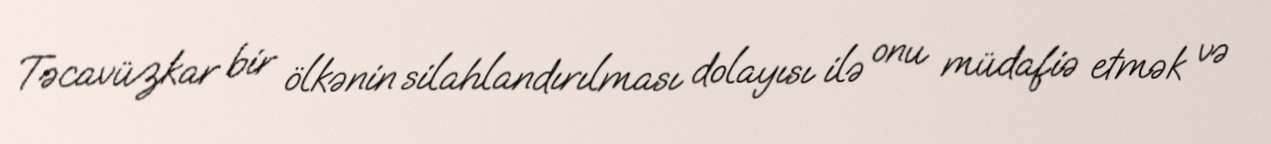
Təcavüzkar bir ölkənin silahlandırılması dolayısı ilə onu müdafiə etmək və